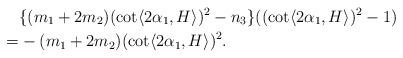
LaTeX: \begin{align*} &\{ (m_{1}+2m_{2}) (\cot \langle 2\alpha_{1} , H\rangle )^{2}-n_{3}\} ((\cot \langle 2\alpha_{1} , H\rangle )^{2}-1)\\=& -(m_{1}+2m_{2})(\cot \langle 2\alpha_{1} , H\rangle )^{2}.\end{align*}